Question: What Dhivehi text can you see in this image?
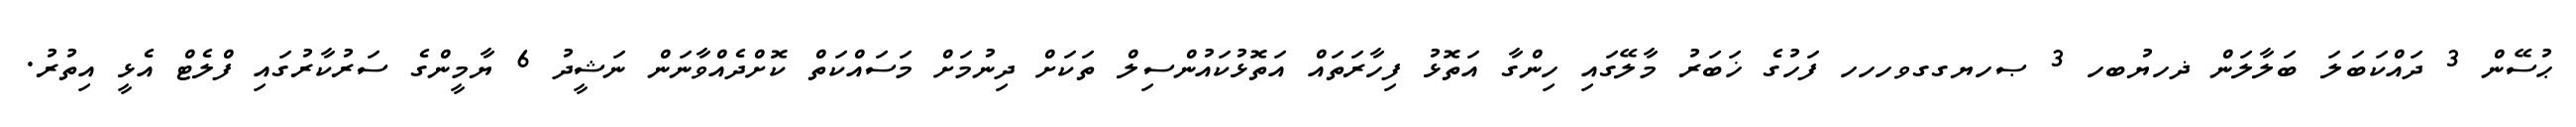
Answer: ޙުސޭން 3 ދައްކަބަލަ ބަލާލަން ޛހޔުބހ 3 ޞހޔގގވހހހ ފަހުގެ ޚަބަރު މާލޭގައި ހިންގާ އަތޮޅު ފިހާރަތައް އަތޮޅުކައުންސިލް ތަކަށް ދިނުމަށް މަސައްކަތް ކޮށްދެއްވާނަން ނަޝީދު 6 ޔާމީންގެ ސަރުކާރުގައި ފްލެޓް އެޅީ އިތުރު.